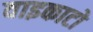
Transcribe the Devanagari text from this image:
वाइकाटो